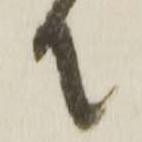
て